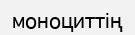
моноциттің